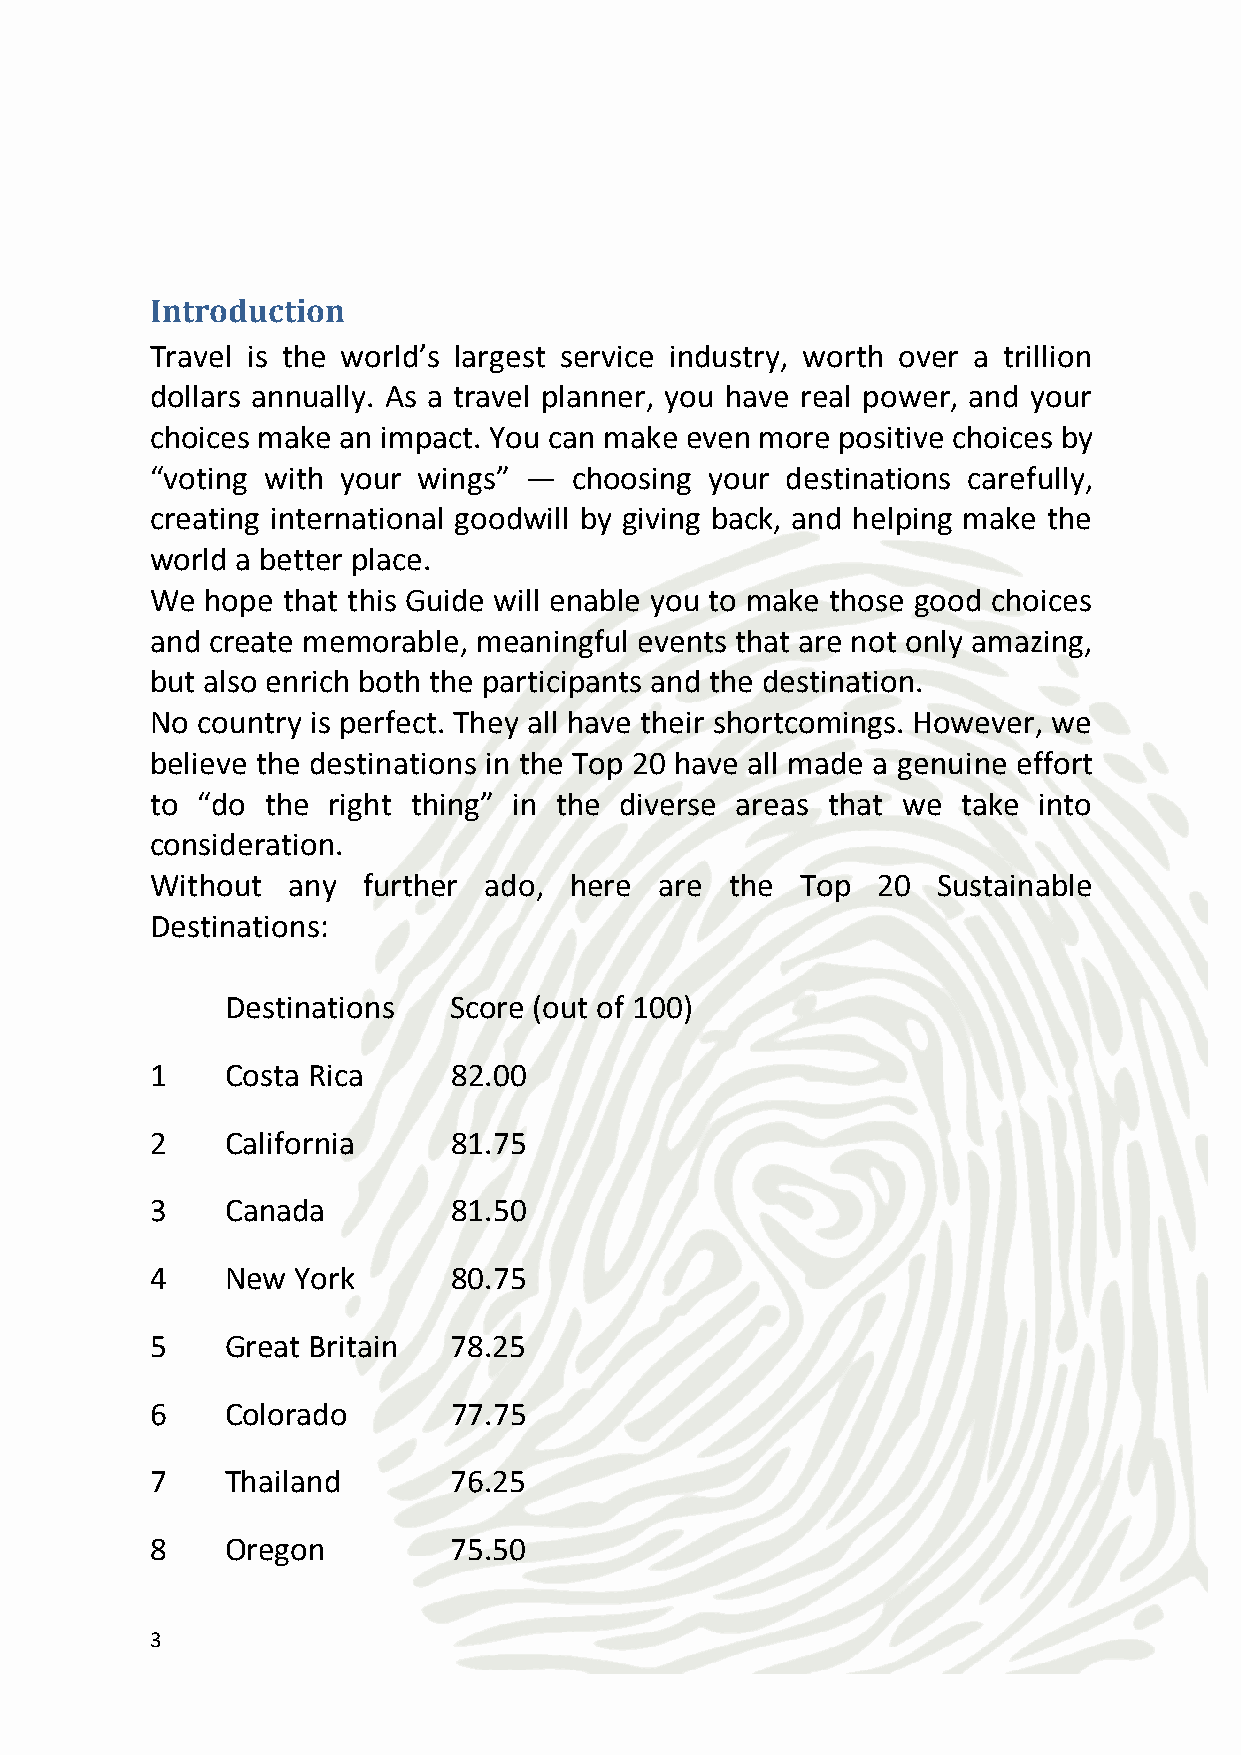
9    South Africa   75.25
 10   Hawaii         74.00
 11   Bali           73.50
 12   Brazil         73.00
 13   New Zealand    71.75
 14   Kenya          71.00
 15   Holland        69.50
 16   Florida        68.25
 17   Nevada         67.75
 18   Mexico         67.50
 19   Barbados       67.25
 20   Australia      66.50
 As you can see, most of these are countries, but due to the size of
 the USA, we have broken it down into the most sustainable states,
 the best ones being California, New York, Colorado, Oregon, Hawaii,
 Nevada and Florida.
 4